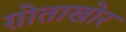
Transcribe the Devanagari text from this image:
ग़ोताखोर